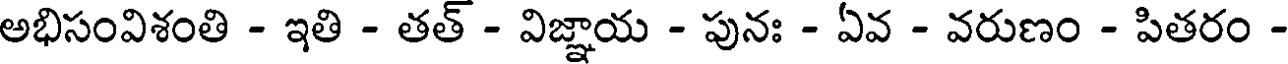
అభిసంవిశంతి - ఇతి - తత్ - విజ్ఞాయ - పునః - ఏవ - వరుణం - పితరం -